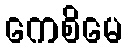
ကေစိမေ